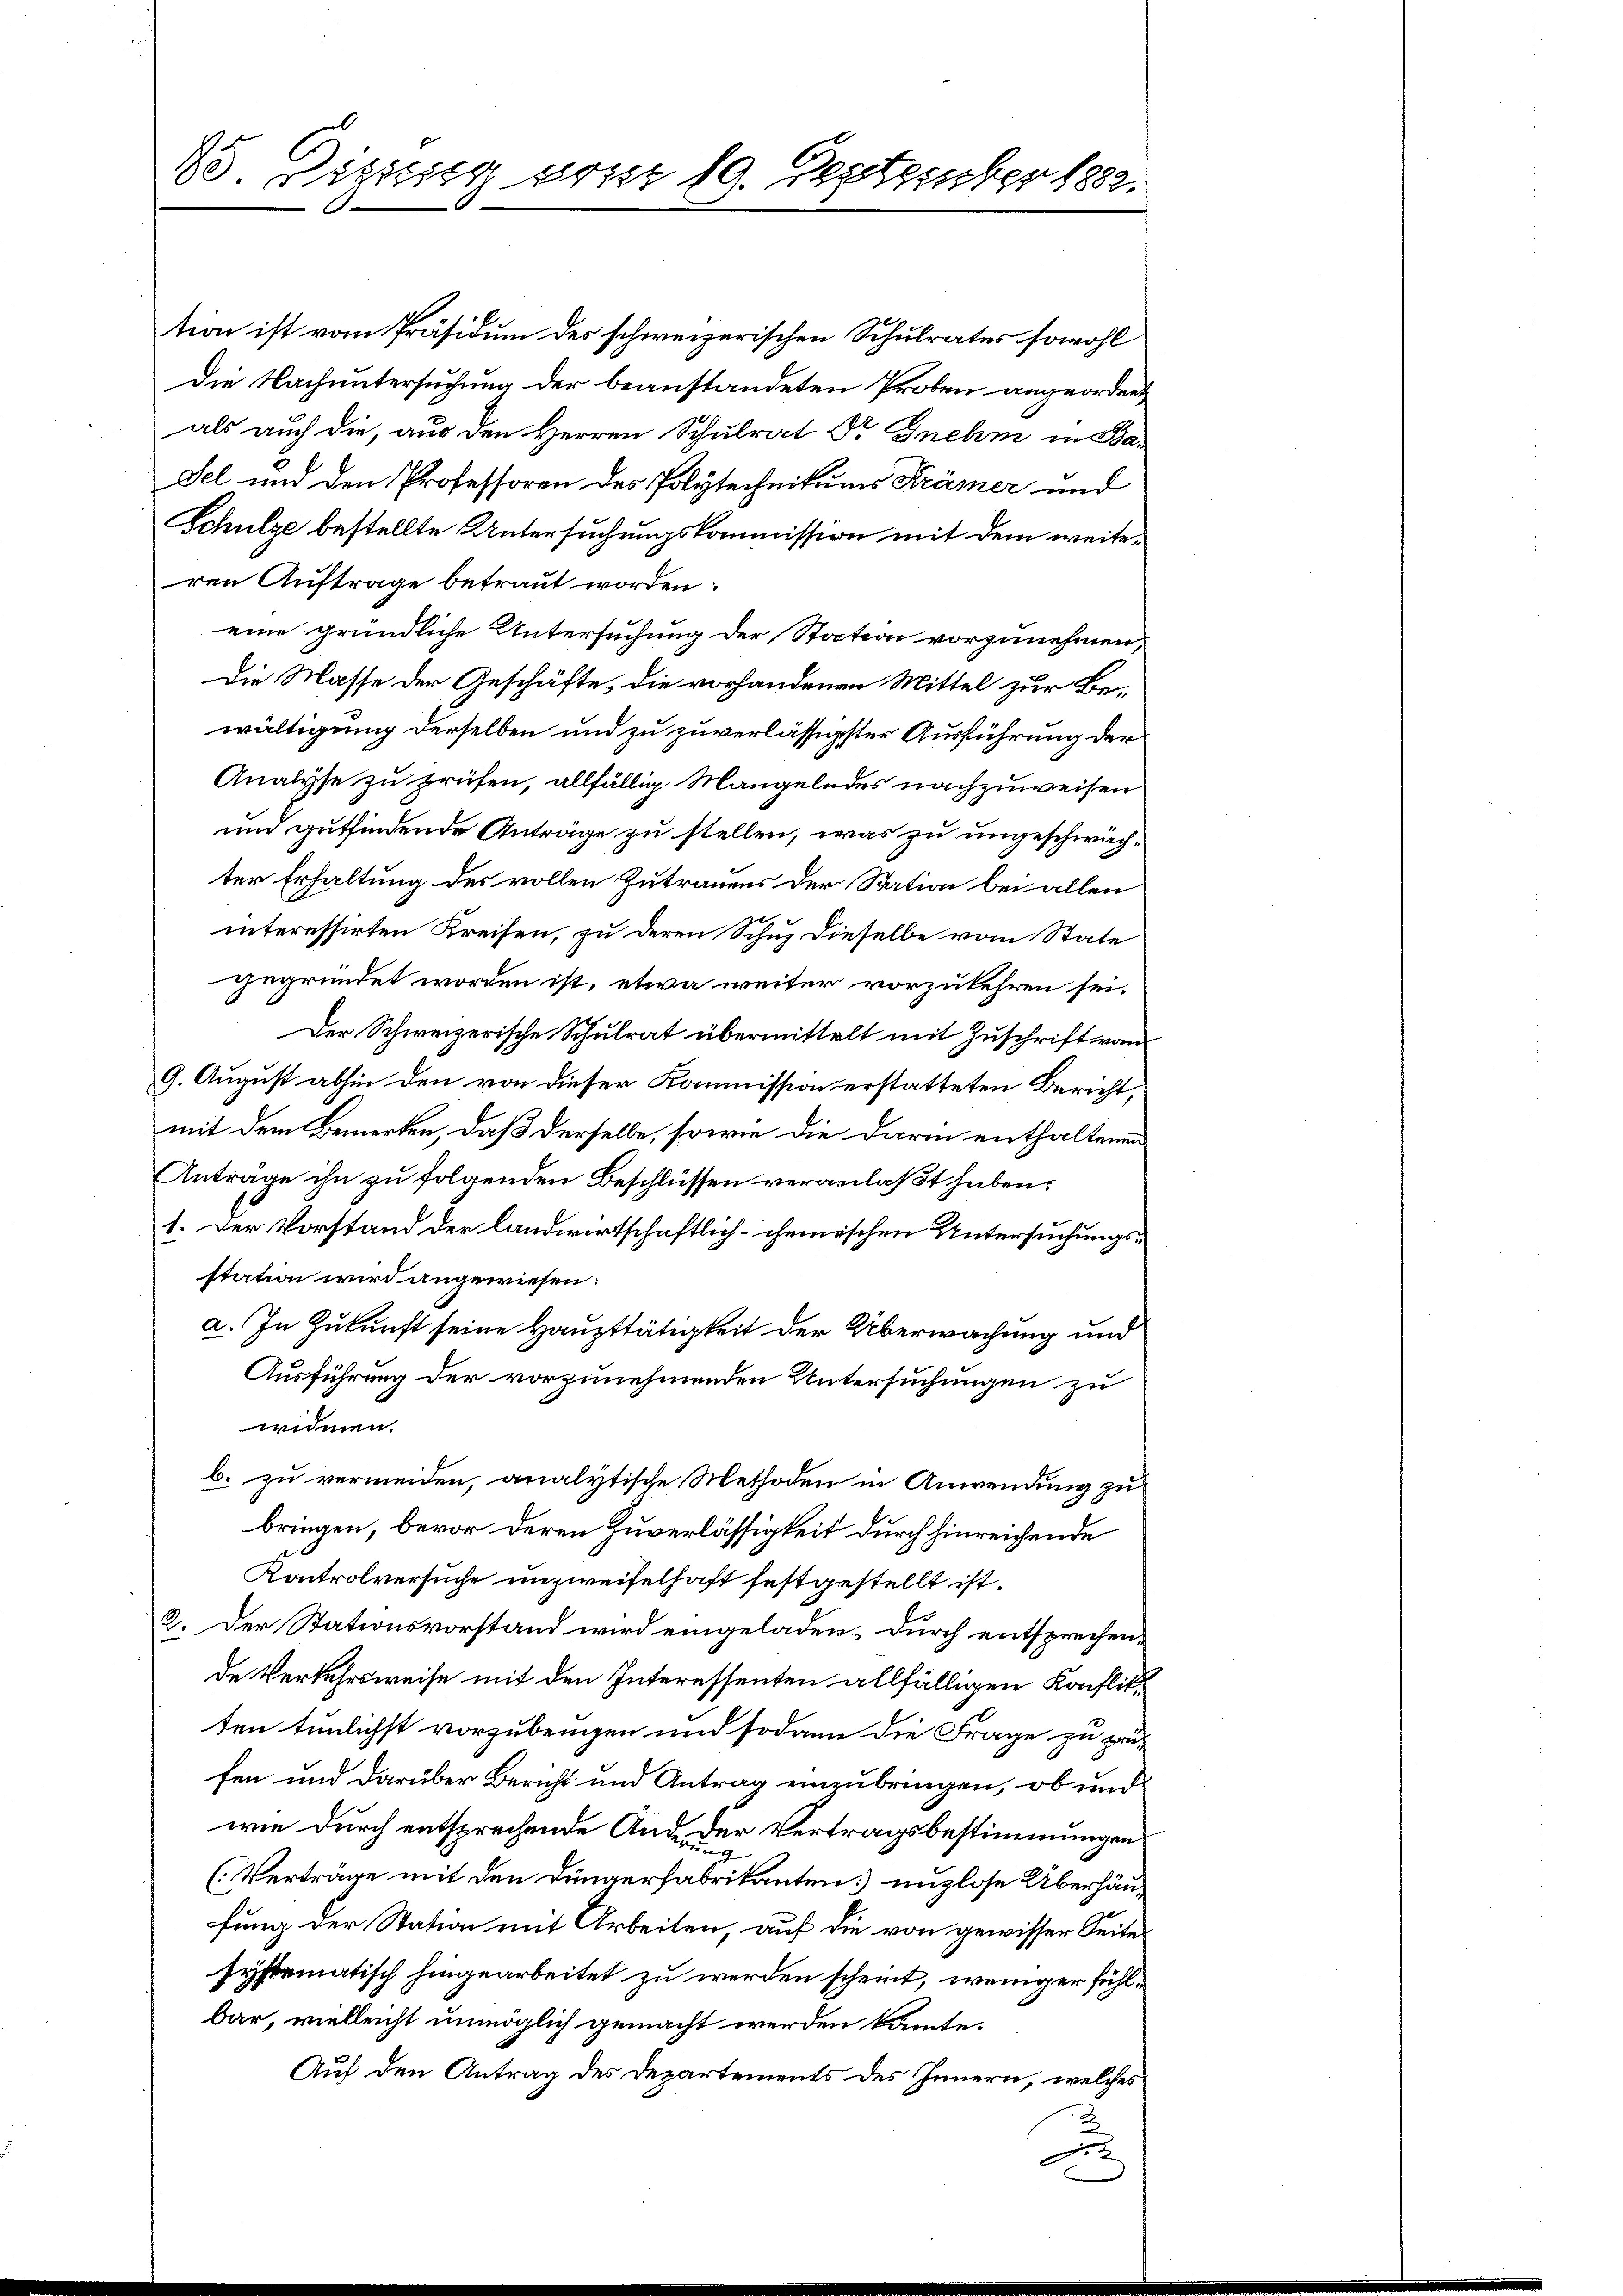
tion ist vom Präsidium des schweizerischen Schulrates sowohl
Die Nachuntersuchung der beanstandeten Proben angeordnet
als auch die, aus den Herren Schulrat Dr Gnehm in Ba-
Fel und den Professoren des Polytechnikums Krämer und
Schulze bestellte Untersuchungskommission mit dem weiteren Auftrage betraut worden:
eine gründliche Untersuchung der Station vorzunehmen,
Die Masse der Geschäfte, die vorhandenen Mittel zur Bewältigung derselben und zu zuverlässigster Ausführung der
Analyse zu prüfen, allfällig Mangelndes nachzuweisen
und gutfindende Anträge zu stellen, was zu ungeschwächter Erhaltung des vollen Zutrauens der Station bei allen
interessirten Kreisen, zu deren Schuz dieselbe vom State
gegründet worden ist, etwa weiter vorzukehren sei.
Der Schweizerische Schulrat übermittelt mit Zuschrift vom
9. August abhin den von dieser Kommission erstatteten Bericht,
mit dem Bemerken, daß derselbe, sowie die Darin enthaltenen
Antrage ihn zu folgenden Beschlüssen veranlaßt haben.
1. Der Vorstand der landwirtschaftlich-chemischen Untersuchungsstation wird angewiesen:
a. In Zukunft seine Haupttätigkeit der Überwachung und
Ausführung der vorzunehmenden Untersuchungen zu
widmen.
b. zu vermeiden, analytische Methoden in Anwendung zu
bringen, bevor deren Zuverlässigkeit durch hinreichende
Kontrolversuche unzweifelhaft festgestellt ist.
2. Der Stationsvorstand wird eingeladen. Durch entsprechende Verkehrsweise mit den Interessenten allfälligen Konflikten tunlichst vorzubringen und sodann die Frage zu prüfen und darüber Bericht und Antrag einzubringen, ob und
wie durch entsprechende And. Der Vertragsbestimmungen
9
(Verträge mit den Düngerfabrikanten unzlose Überhäufung der Station mit Arbeiten, auf die von gewisser Seite
systematisch hingearbeitet zu werden scheint, weniger fühlbar, vielleicht unmöglich gemacht werden könnte.
Auf den Antrag des Departements des Innern, welches
x

2o. Diszig vom 19. September 1882.